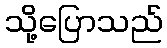
သို့ပြောသည်